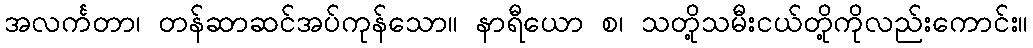
အလင်္ကတာ၊ တန်ဆာဆင်အပ်ကုန်သော။ နာရီယော စ၊ သတို့သမီးငယ်တို့ကိုလည်းကောင်း။